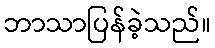
ဘာသာပြန်ခဲ့သည်။